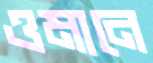
ওমানে